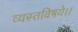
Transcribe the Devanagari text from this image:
व्यस्तविषये।।